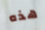
هذه